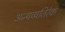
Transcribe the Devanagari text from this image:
अन्यव्यतिरेक